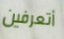
أتعرفين